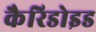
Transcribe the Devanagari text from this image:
कैरिडोइड